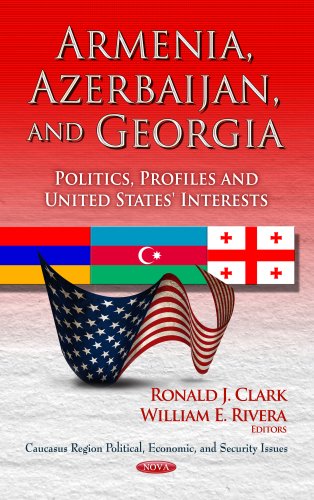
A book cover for Armenia, Azerbaijan & Georgia: Politics, Profiles & United States' Interests. Edited by Ronald J. Clark, William E. Rivera (Caucasus Region Political, Economic, and Security Issues); Ronald J. Clark; Travel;